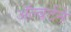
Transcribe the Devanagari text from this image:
ॲल्बर्टने